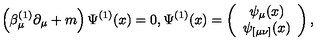
\left( \beta _ { \mu } ^ { ( 1 ) } \partial _ { \mu } + m \right) \Psi ^ { ( 1 ) } ( x ) = 0 , \Psi ^ { ( 1 ) } ( x ) = \left( \begin{array} { c } { \psi _ { \mu } ( x ) } \\ { \psi _ { [ \mu \nu ] } ( x ) } \\ \end{array} \right) ,